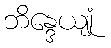
ဘိန္ဒေယျုံ